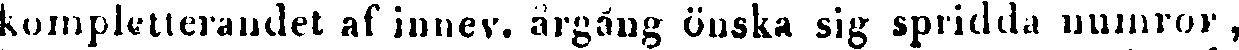
kompletterandet af innev. årgång önska sig spridda nunnor,